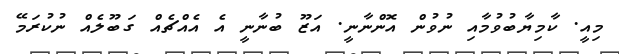
މިއީ. ކާމިޔާބުވުމާއި ނުވުން އޮންނާނީ. އަޒޫ ބުނާނީ އެ އެއްޗެއް ގަބޫލެއް ނުކުރަމޭ